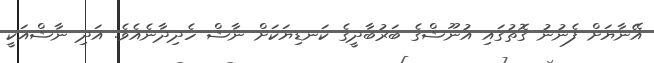
އޭނާޔަށް ފެނުނު ގޮތުގައި އުނޫޝްގެ ބަރުބާދީގެ ކަނޑިޔަކަށް ނާޝް ހެދިދާނެއެވެ. އަދި ނާޝްއަކީ